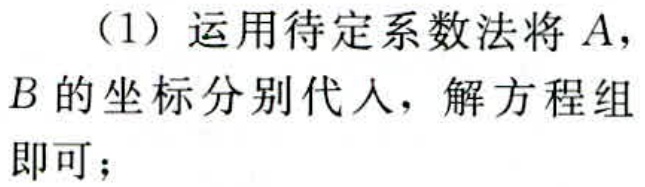
（1）运用待定系数法将 \(A\)，\(B\)的坐标分别代入，解方程组即可；